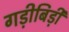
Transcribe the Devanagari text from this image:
गड़ीबिड़ी